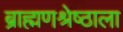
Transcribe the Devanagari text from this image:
ब्राह्मणश्रेष्ठाला